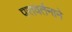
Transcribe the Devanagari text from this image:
परावर्तनाने